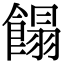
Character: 𩝣